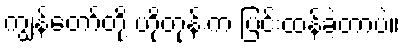
ကျွန်တော်တို့ ဟိုတုန်းက ပြင်းထန်ခဲ့တာပဲ။